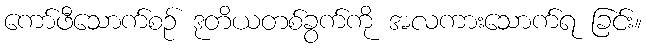
ကော်ဖီသောက်စဉ် ဒုတိယတစ်ခွက်ကို အလကားသောက်ရ ခြင်း။